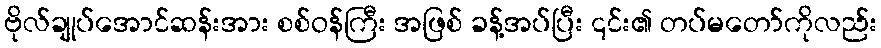
ဗိုလ်ချုပ်အောင်ဆန်းအား စစ်ဝန်ကြီး အဖြစ် ခန့်အပ်ပြီး ၎င်း၏ တပ်မတော်ကိုလည်း